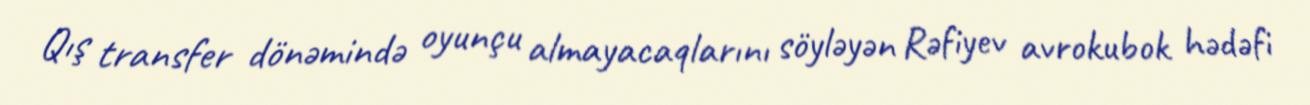
Qış transfer dönəmində oyunçu almayacaqlarını söyləyən Rəfiyev avrokubok hədəfi